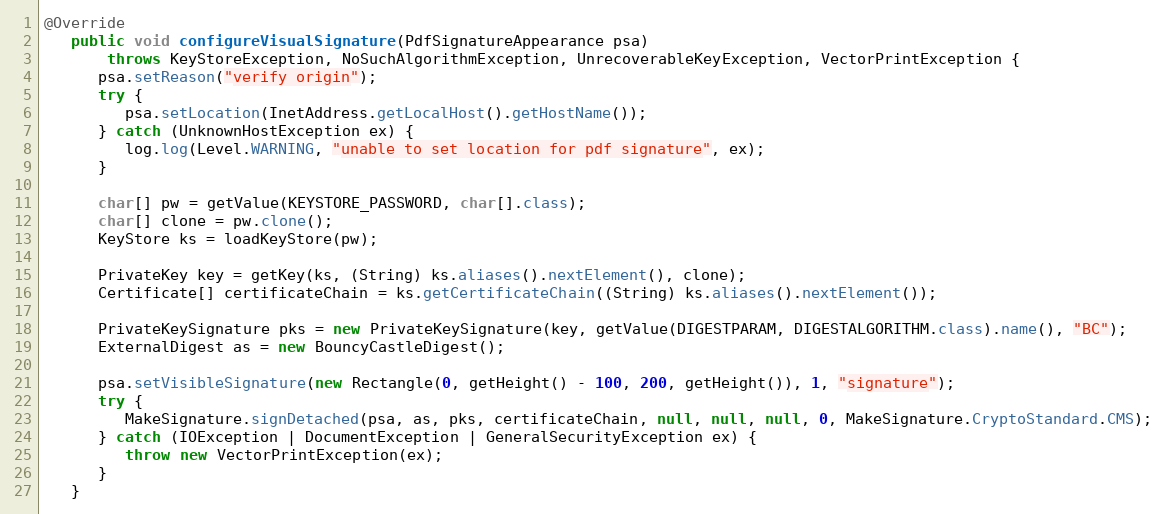
Language: Java
@Override
   public void configureVisualSignature(PdfSignatureAppearance psa)
       throws KeyStoreException, NoSuchAlgorithmException, UnrecoverableKeyException, VectorPrintException {
      psa.setReason("verify origin");
      try {
         psa.setLocation(InetAddress.getLocalHost().getHostName());
      } catch (UnknownHostException ex) {
         log.log(Level.WARNING, "unable to set location for pdf signature", ex);
      }

      char[] pw = getValue(KEYSTORE_PASSWORD, char[].class);
      char[] clone = pw.clone();
      KeyStore ks = loadKeyStore(pw);

      PrivateKey key = getKey(ks, (String) ks.aliases().nextElement(), clone);
      Certificate[] certificateChain = ks.getCertificateChain((String) ks.aliases().nextElement());

      PrivateKeySignature pks = new PrivateKeySignature(key, getValue(DIGESTPARAM, DIGESTALGORITHM.class).name(), "BC");
      ExternalDigest as = new BouncyCastleDigest();

      psa.setVisibleSignature(new Rectangle(0, getHeight() - 100, 200, getHeight()), 1, "signature");
      try {
         MakeSignature.signDetached(psa, as, pks, certificateChain, null, null, null, 0, MakeSignature.CryptoStandard.CMS);
      } catch (IOException | DocumentException | GeneralSecurityException ex) {
         throw new VectorPrintException(ex);
      }
   }